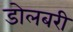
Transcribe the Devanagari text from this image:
डोलबरी